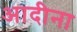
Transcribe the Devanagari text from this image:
आदीना